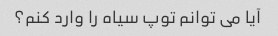
آیا می توانم توپ سیاه را وارد کنم؟